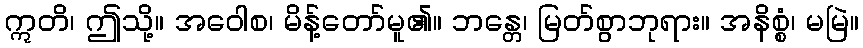
ဣတိ၊ ဤသို့။ အဝေါစ၊ မိန့်တော်မူ၏။ ဘန္တေ၊ မြတ်စွာဘုရား။ အနိစ္စံ၊ မမြဲ။